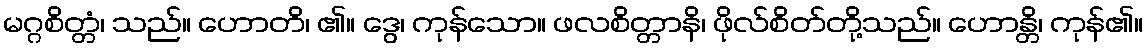
မဂ္ဂစိတ္တံ၊ သည်။ ဟောတိ၊ ၏။ ဒွေ၊ ကုန်သော။ ဖလစိတ္တာနိ၊ ဖိုလ်စိတ်တို့သည်။ ဟောန္တိ၊ ကုန်၏။